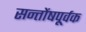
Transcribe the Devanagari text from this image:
सन्तोंषपूर्वक